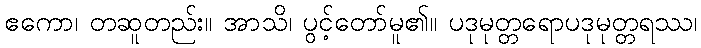
ဧကော၊ တဆူတည်း။ အာသိ၊ ပွင့်တော်မူ၏။ ပဒုမုတ္တရောပဒုမုတ္တရဿ၊